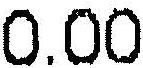
0.00